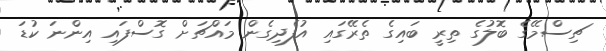
ޗިސްމޭގެ ބޮލުގެ ތިރީ ބައިގެ ތެރޭގައި އުފެދިގެން މައްޗަށް ގޮސްފައި އިންނަ ކުޑަ